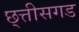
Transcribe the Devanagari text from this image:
छ्त्तीसगड